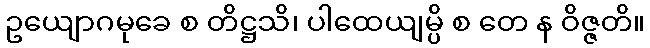
ဥယျောဂမုခေ စ တိဋ္ဌသိ၊ ပါထေယျမ္ပိ စ တေ န ဝိဇ္ဇတိ။